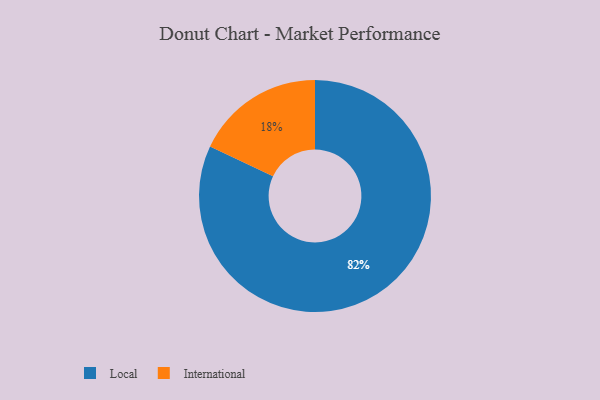
{"axis": {"x": "Category", "y": "Percentage"}, "legend": ["International", "Local"], "data": [{"x": "International", "y": 18, "type": "International"}, {"x": "Local", "y": 82, "type": "Local"}]}